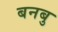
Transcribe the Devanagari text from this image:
बनबु